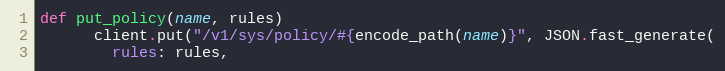
Language: Ruby
def put_policy(name, rules)
      client.put("/v1/sys/policy/#{encode_path(name)}", JSON.fast_generate(
        rules: rules,